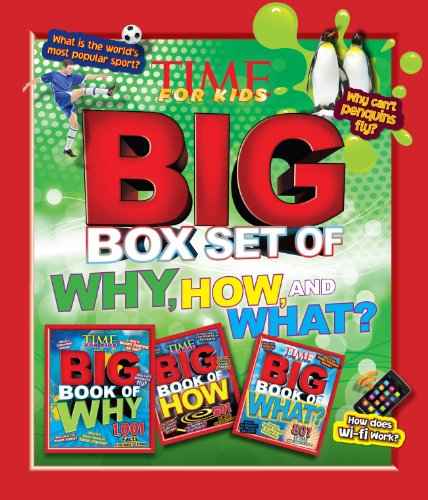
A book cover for TIME For Kids Big Box Set of Why, How and What?; Editors of TIME For Kids Magazine; Children's Books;